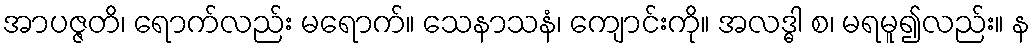
အာပဇ္ဇတိ၊ ရောက်လည်း မရောက်။ သေနာသနံ၊ ကျောင်းကို။ အလဒ္ဓါ စ၊ မရမူ၍လည်း။ န